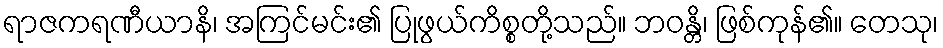
ရာဇကရဏီယာနိ၊ အကြင်မင်း၏ ပြုဖွယ်ကိစ္စတို့သည်။ ဘဝန္တိ၊ ဖြစ်ကုန်၏။ တေသု၊